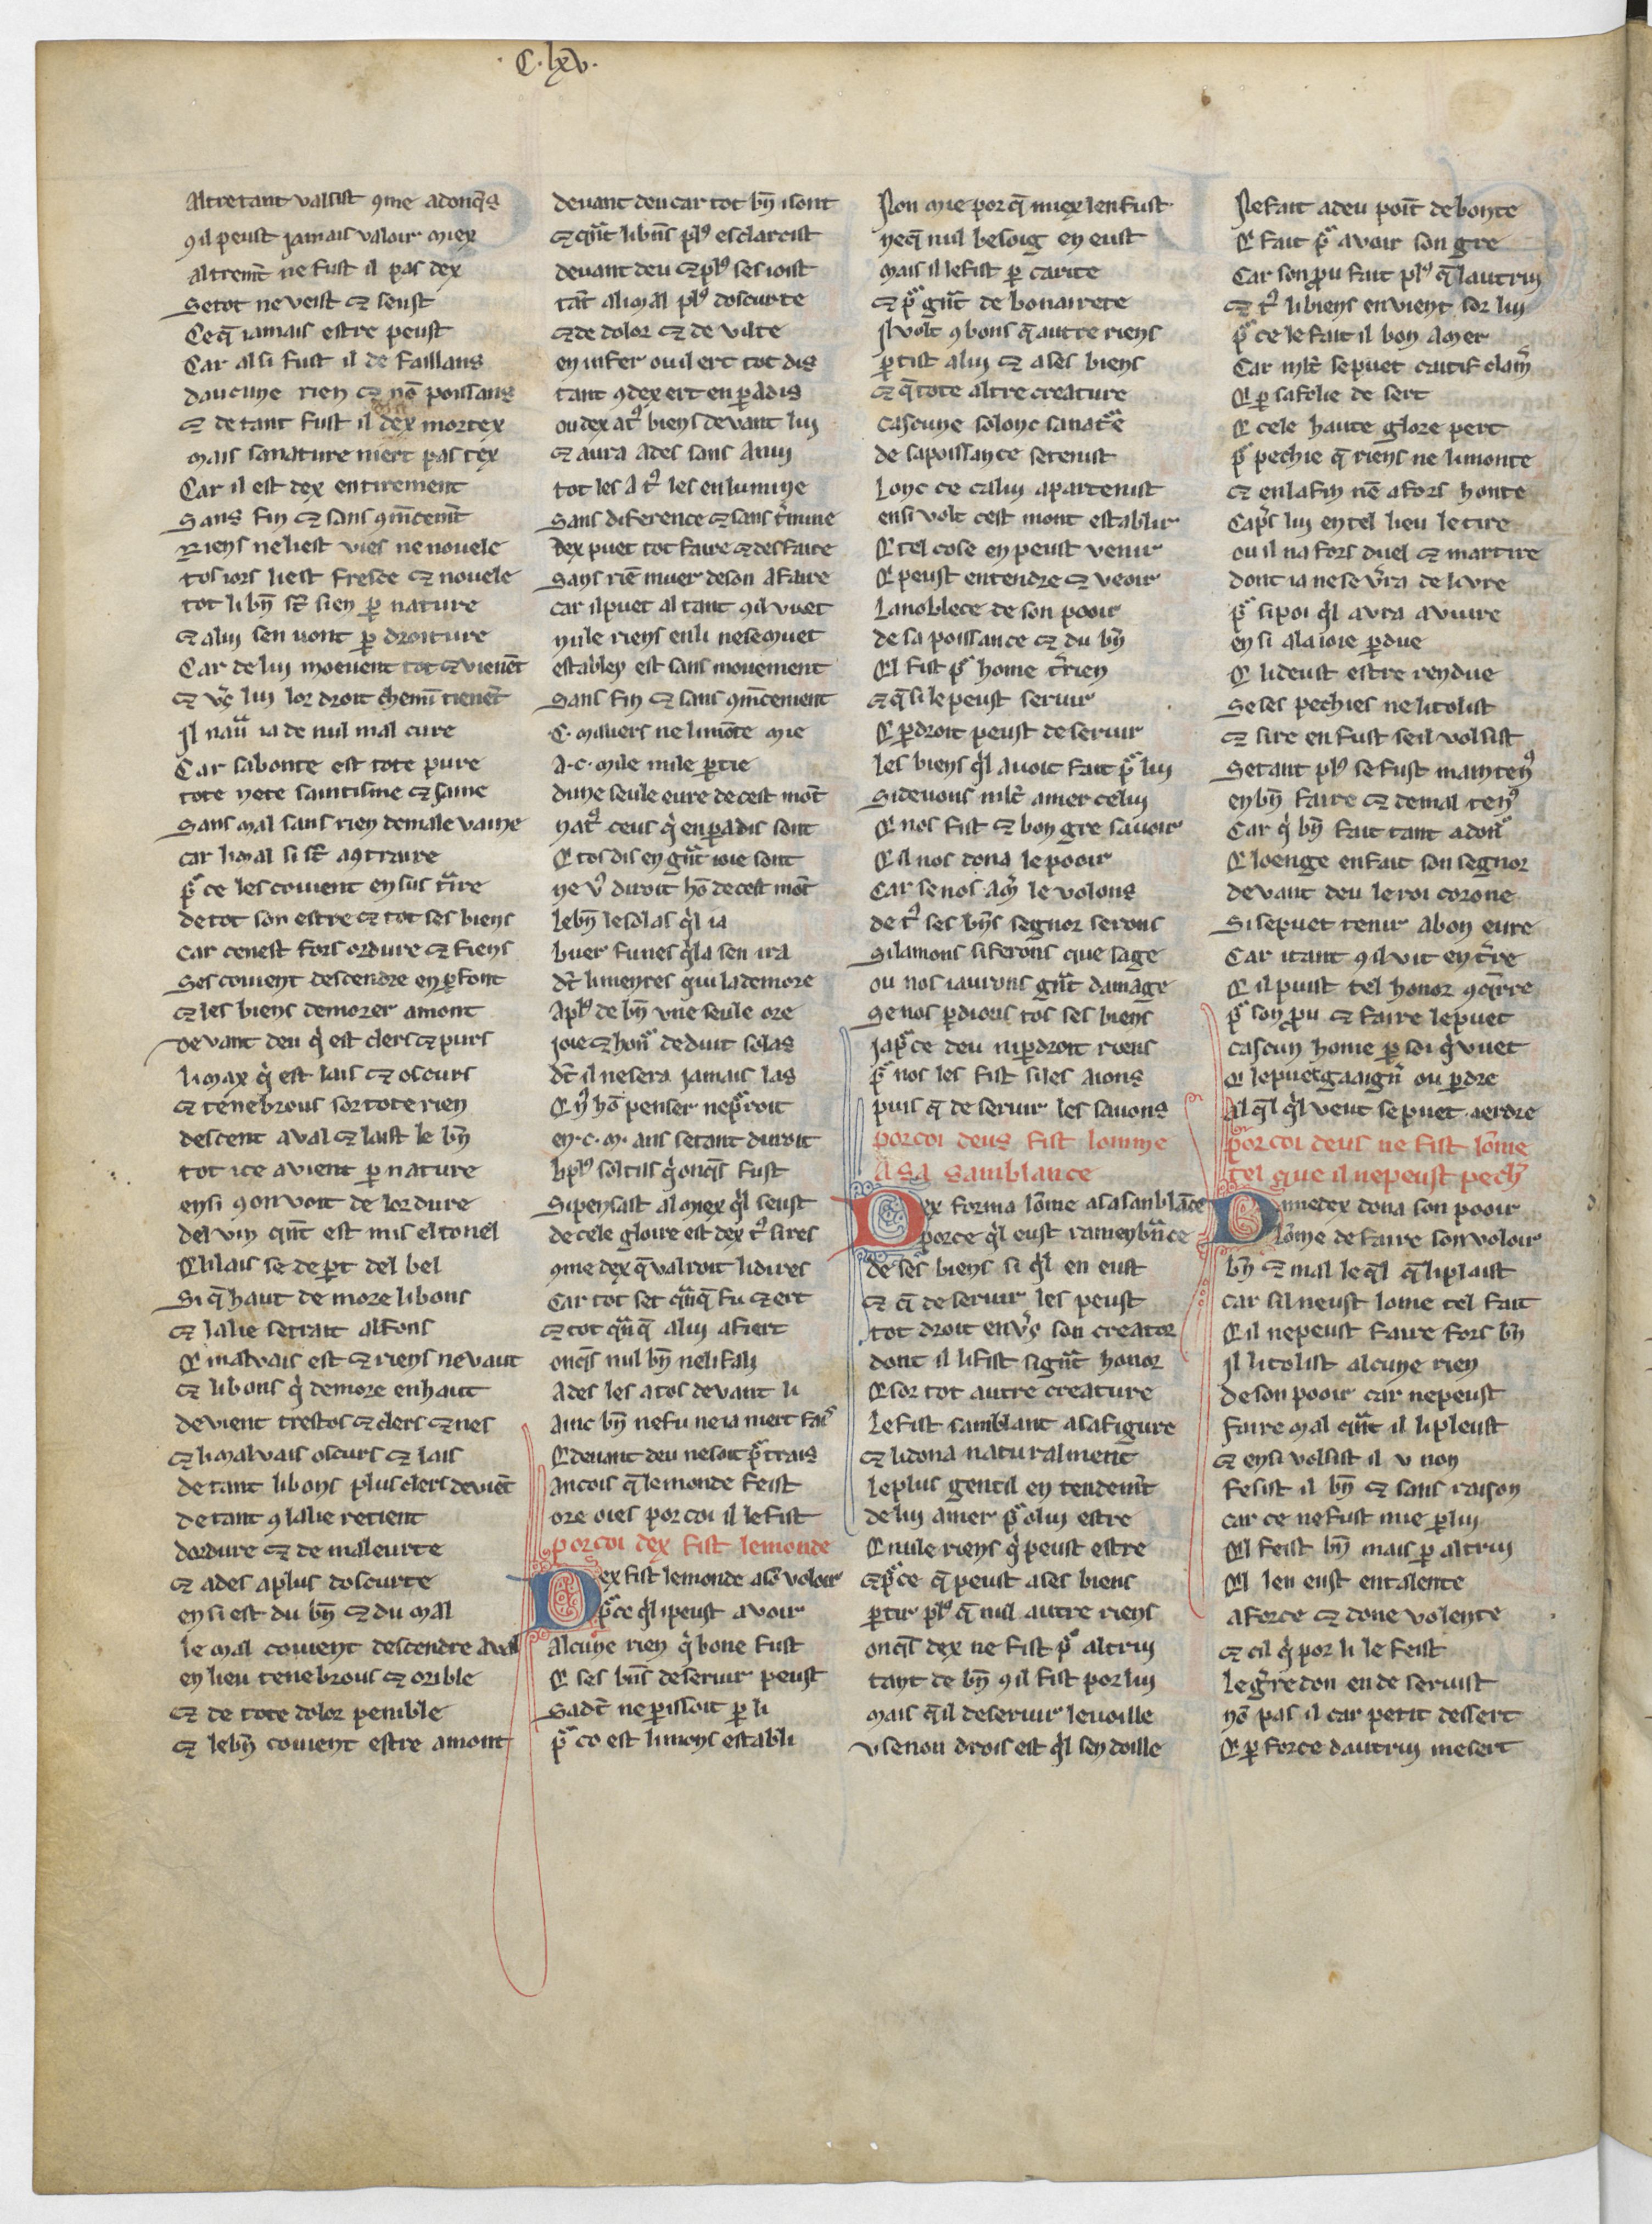
Shelfmark: Paris, BnF, Arsenal 3516
Century: 13